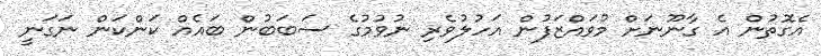
އެގޮތުން އެ ގާނޫނަށް މުވައްޒަފުން އަހުލުވެރި ނުވުމުގެ ސަބަބުން ބައެއް ކަންކަން ނަގަނީ